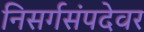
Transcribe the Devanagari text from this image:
निसर्गसंपदेवर